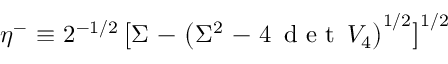
\eta ^ { - } \, \, { \equiv } \, \, 2 ^ { - 1 / 2 } \, \big [ \Sigma \, \, { - } \, \, \big ( \Sigma ^ { 2 } \, \, { - } \, \, 4 \, \textup { d e t } \, V _ { 4 } \big ) ^ { 1 / 2 } \big ] ^ { 1 / 2 }